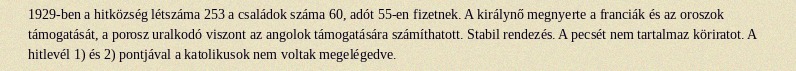
1929-ben a hitközség létszáma 253 a családok száma 60, adót 55-en fizetnek. A királynő megnyerte a franciák és az oroszok támogatását, a porosz uralkodó viszont az angolok támogatására számíthatott. Stabil rendezés. A pecsét nem tartalmaz köriratot. A hitlevél 1) és 2) pontjával a katolikusok nem voltak megelégedve.